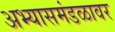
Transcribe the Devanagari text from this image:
अभ्यासमंडळावर